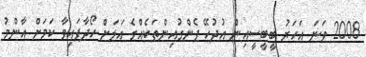
2008 ވަނަ އަހަރު ބީބީސީއިން އުދުހޭ ޕެންގުއިންތަކެއްގެ އަލަށް ހޯދާފައިވާ ކަމަށް އާންމު